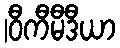
|ဝီကီမီဒီယာ